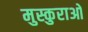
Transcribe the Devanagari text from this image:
मुस्कुराओ